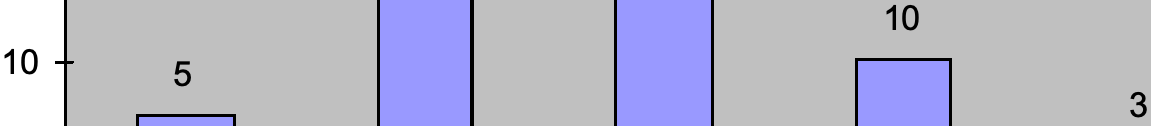
10 10   5 3